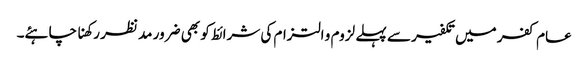
عام کفر میں تکفیر سے پہلے لزوم و التزام کی شرائط کو بھی ضرور مد نظر رکھنا چاہئے۔